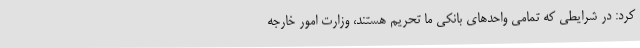
کرد: در شرایطی که تمامی واحدهای بانکی ما تحریم هستند، وزارت امور خارجه